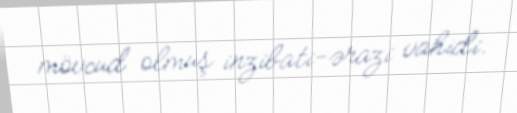
mövcud olmuş inzibati-ərazi vahidi.